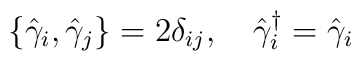
\{\hat{\gamma}_i,\hat{\gamma}_j\}=2{\delta}_{ij},\ \ \ \hat{\gamma}_i^{\dagger}=\hat{\gamma}_i